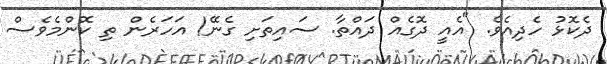
ދެކޮޅު ހެދިއެވެ. "އެއީ ދޮގެއް ދައްތާ. ސައިތަށި ގެނޭ! އަހަރެން ތި ކޮންމެވެސް